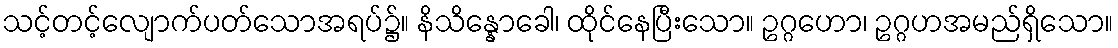
သင့်တင့်လျောက်ပတ်သောအရပ်၌။ နိသိန္နောခေါ၊ ထိုင်နေပြီးသော။ ဥဂ္ဂဟော၊ ဥဂ္ဂဟအမည်ရှိသော။